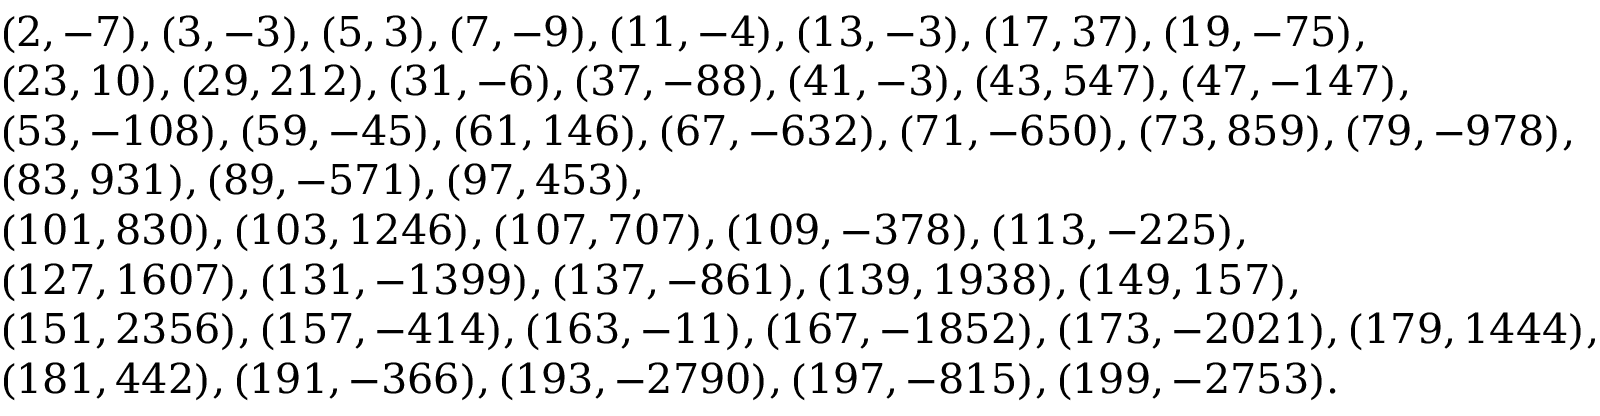
\begin{array} { r l } & { ( 2 , - 7 ) , ( 3 , - 3 ) , ( 5 , 3 ) , ( 7 , - 9 ) , ( 1 1 , - 4 ) , ( 1 3 , - 3 ) , ( 1 7 , 3 7 ) , ( 1 9 , - 7 5 ) , } \\ & { ( 2 3 , 1 0 ) , ( 2 9 , 2 1 2 ) , ( 3 1 , - 6 ) , ( 3 7 , - 8 8 ) , ( 4 1 , - 3 ) , ( 4 3 , 5 4 7 ) , ( 4 7 , - 1 4 7 ) , } \\ & { ( 5 3 , - 1 0 8 ) , ( 5 9 , - 4 5 ) , ( 6 1 , 1 4 6 ) , ( 6 7 , - 6 3 2 ) , ( 7 1 , - 6 5 0 ) , ( 7 3 , 8 5 9 ) , ( 7 9 , - 9 7 8 ) , } \\ & { ( 8 3 , 9 3 1 ) , ( 8 9 , - 5 7 1 ) , ( 9 7 , 4 5 3 ) , } \\ & { ( 1 0 1 , 8 3 0 ) , ( 1 0 3 , 1 2 4 6 ) , ( 1 0 7 , 7 0 7 ) , ( 1 0 9 , - 3 7 8 ) , ( 1 1 3 , - 2 2 5 ) , } \\ & { ( 1 2 7 , 1 6 0 7 ) , ( 1 3 1 , - 1 3 9 9 ) , ( 1 3 7 , - 8 6 1 ) , ( 1 3 9 , 1 9 3 8 ) , ( 1 4 9 , 1 5 7 ) , } \\ & { ( 1 5 1 , 2 3 5 6 ) , ( 1 5 7 , - 4 1 4 ) , ( 1 6 3 , - 1 1 ) , ( 1 6 7 , - 1 8 5 2 ) , ( 1 7 3 , - 2 0 2 1 ) , ( 1 7 9 , 1 4 4 4 ) , } \\ & { ( 1 8 1 , 4 4 2 ) , ( 1 9 1 , - 3 6 6 ) , ( 1 9 3 , - 2 7 9 0 ) , ( 1 9 7 , - 8 1 5 ) , ( 1 9 9 , - 2 7 5 3 ) . } \end{array}